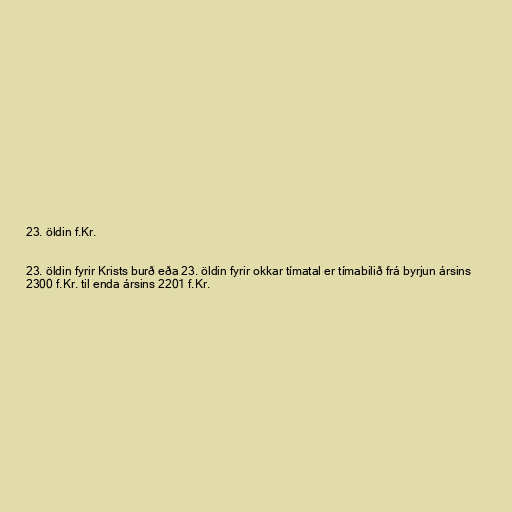
23. öldin f.Kr.

23. öldin fyrir Krists burð eða 23. öldin fyrir okkar tímatal er tímabilið frá byrjun ársins
2300 f.Kr. til enda ársins 2201 f.Kr.